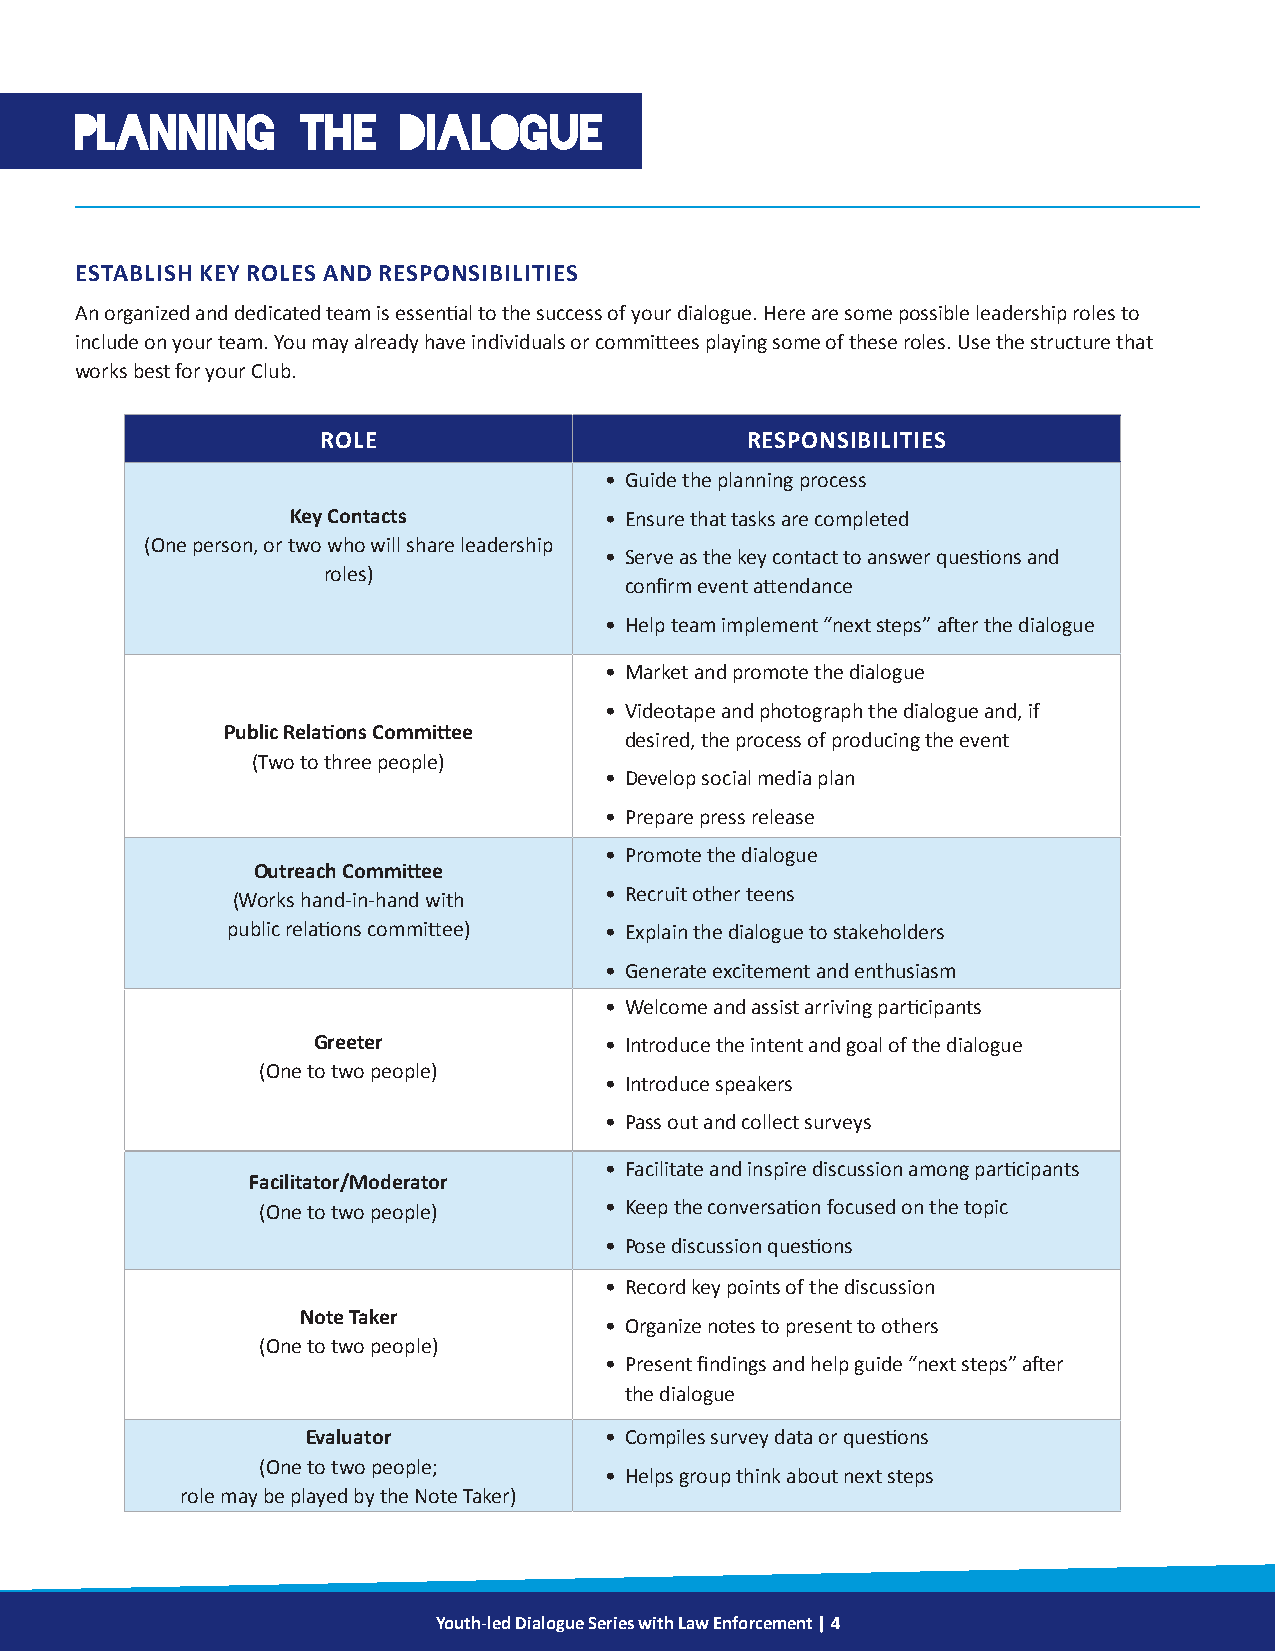
PLANNING       THE    DIALOGUE
 ESTABLISH KEY ROLES AND RESPONSIBILITIES
 An organized and dedicated team is essential to the success of your dialogue. Here are some possible leadership roles to
 include on your team. You may already have individuals or committees playing some of these roles. Use the structure that
 works best for your Club.
 ROLE                        RESPONSIBILITIES
 • Guide the planning process
 Key Contacts         • Ensure that tasks are completed
 (One person, or two who will share leadership
 • Serve as the key contact to answer questions and
 roles)
 confirm event attendance
 • Help team implement “next steps” after the dialogue
 • Market and promote the dialogue
 • Videotape and photograph the dialogue and, if
 Public Relations Committee
 desired, the process of producing the event
 (Two to three people)
 • Develop social media plan
 • Prepare press release
 • Promote the dialogue
 Outreach Committee
 (Works hand-in-hand with • Recruit other teens
 public relations committee) • Explain the dialogue to stakeholders
 • Generate excitement and enthusiasm
 • Welcome and assist arriving participants
 Greeter            • Introduce the intent and goal of the dialogue
 (One to two people)
 • Introduce speakers
 • Pass out and collect surveys
 • Facilitate and inspire discussion among participants
 Facilitator/Moderator
 (One to two people)    • Keep the conversation focused on the topic
 • Pose discussion questions
 • Record key points of the discussion
 Note Taker
 • Organize notes to present to others
 (One to two people)
 • Present findings and help guide “next steps” after
 the dialogue
 Evaluator           • Compiles survey data or questions
 (One to two people;
 • Helps group think about next steps
 role may be played by the Note Taker)
 Youth-led Dialogue Series with Law Enforcement | 4